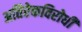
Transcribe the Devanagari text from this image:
अतिरेकविरोधी